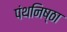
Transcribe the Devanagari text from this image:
पंथनिष्ठा